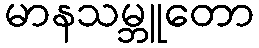
မာနသမ္ဘူတော